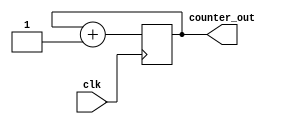
`timescale 1ns/1ps

module counter(clk, counter_out);
input clk;
output reg [3:0]counter_out;

initial begin 
   counter_out =  4'b0000;
end

always@(posedge clk)   counter_out  <=   counter_out + 1'b1;
 
endmodule